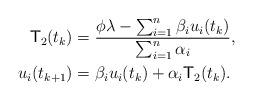
LaTeX: \begin{align*}\begin{aligned}\mathsf{T}_{2}(t_{k})&=\frac{\phi\lambda-\sum_{i=1}^{n}\beta_{i}u_{i}(t_{k})}{\sum_{i=1}^{n}\alpha_{i}}, \\u_i(t_{k+1})&=\beta_{i}u_i(t_{k})+\alpha_{i}\mathsf{T}_{2}(t_{k}).\end{aligned}\end{align*}